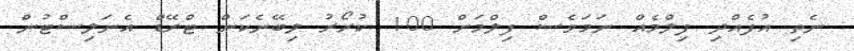
ނެތި އުފެއްދި ފިލްމެއް ނަމަވެސް ފިލްމަށް 100 ކުރޯރު ލިބޭނެކަން ޓްރޭޑް އެނަލިސްޓުން